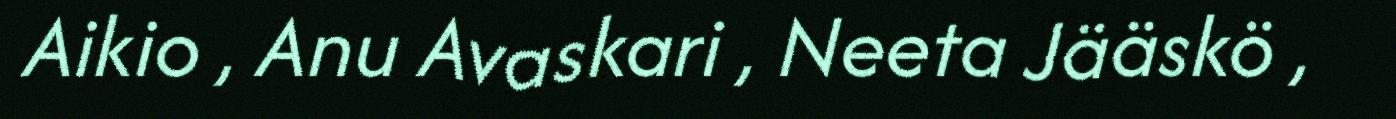
Aikio , Anu Avaskari , Neeta Jääskö ,